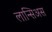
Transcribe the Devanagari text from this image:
लान्सिअस